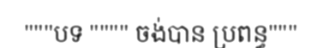
"""បទ """" ចង់បាន ប្រពន្ធ"""